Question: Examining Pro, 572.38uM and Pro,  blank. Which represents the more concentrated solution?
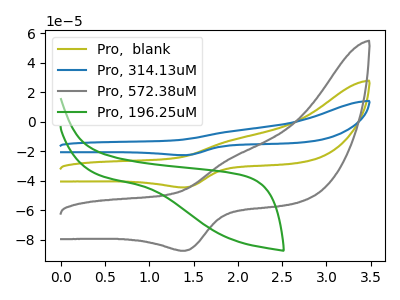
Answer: <think>The olive curve "Pro,  blank" has an anodic peak at (1.95V, -12.30uA) and a cathodic peak at (1.40V, -44.50uA). The blue curve "Pro, 314.13uM" has an anodic peak at (1.95V, -24.60uA) and a cathodic peak at (1.40V, -88.95uA). The gray curve "Pro, 572.38uM" has an anodic peak at (1.95V, -24.20uA) and a cathodic peak at (1.40V, -87.45uA). The green curve "Pro, 196.25uM" has no peaks.
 All the peaks in "Pro, 572.38uM" have a peak in "Pro,  blank" at the same potential.</think>
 <answer>I cant tell if "Pro, 572.38uM" or "Pro,  blank" has higher concentration.</answer>
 <eval>mixed_concentration</eval>